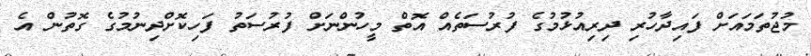
މުޖުތަމައަށް ފައިދާހުރި ދިރިއުޅުމުގެ ފުރުސަތެއް އޮތް މީހުންނަށް ފުރުސަތު ފަހިކޮށްދިނުމުގެ ގޮތުން އެ